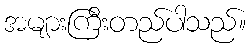
အများကြီးတည်ပါသည်။